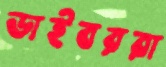
ডাইবররা